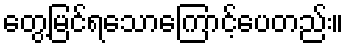
တွေ့မြင်ရသောကြောင့်ပေတည်း။